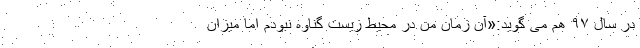
در سال ۹۷ هم می گوید:«آن زمان من در محیط زیست گناوه نبودم اما میزان